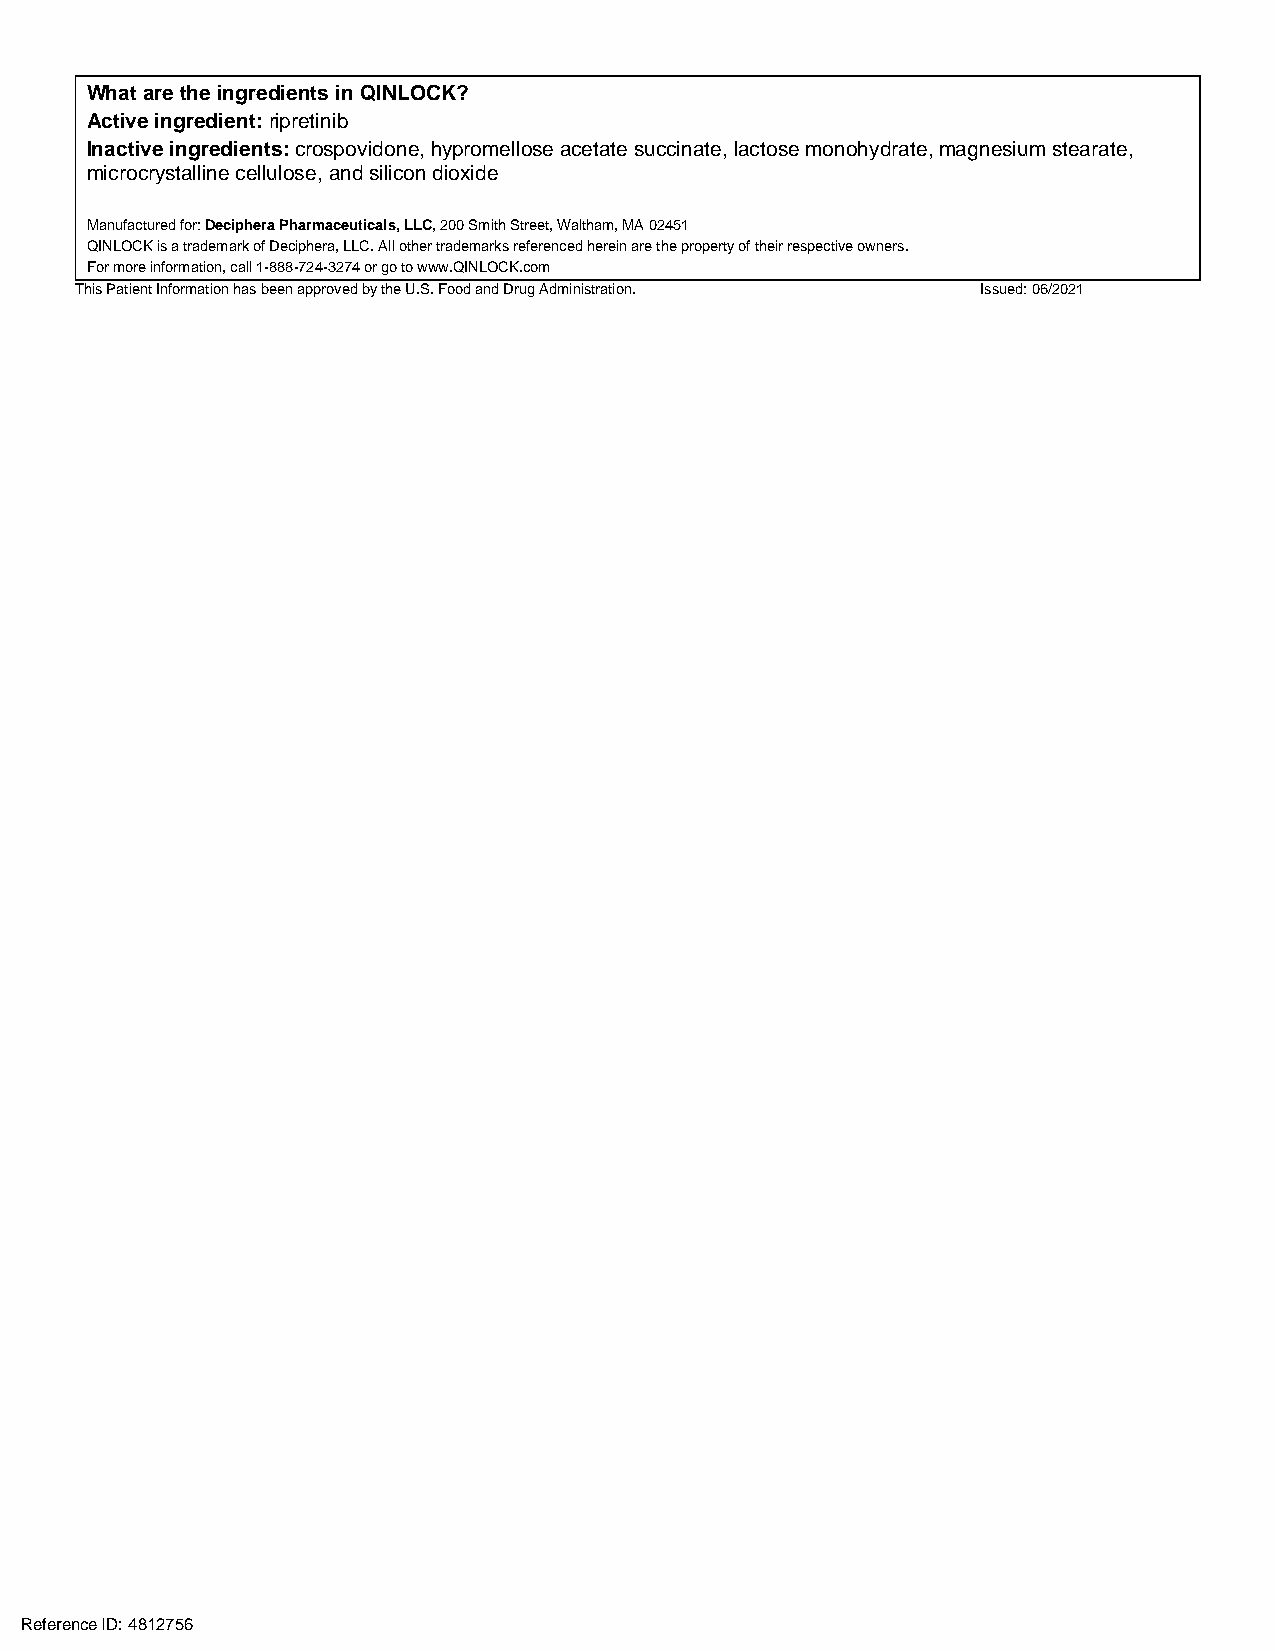
What are the ingredients in QINLOCK?
 Active ingredient: ripretinib
 Inactive ingredients: crospovidone, hypromellose acetate succinate, lactose monohydrate, magnesium stearate,
 microcrystalline cellulose, and silicon dioxide
 Manufactured for: Deciphera Pharmaceuticals, LLC, 200 Smith Street, Waltham, MA 02451
 QINLOCK is a trademark of Deciphera, LLC. All other trademarks referenced herein are the property of their respective owners.
 For more information, call 1-888-724-3274 or go to www.QINLOCK.com
 This Patient Information has been approved by the U.S. Food and Drug Administration. Issued: 06/2021
 Reference ID: 4812756